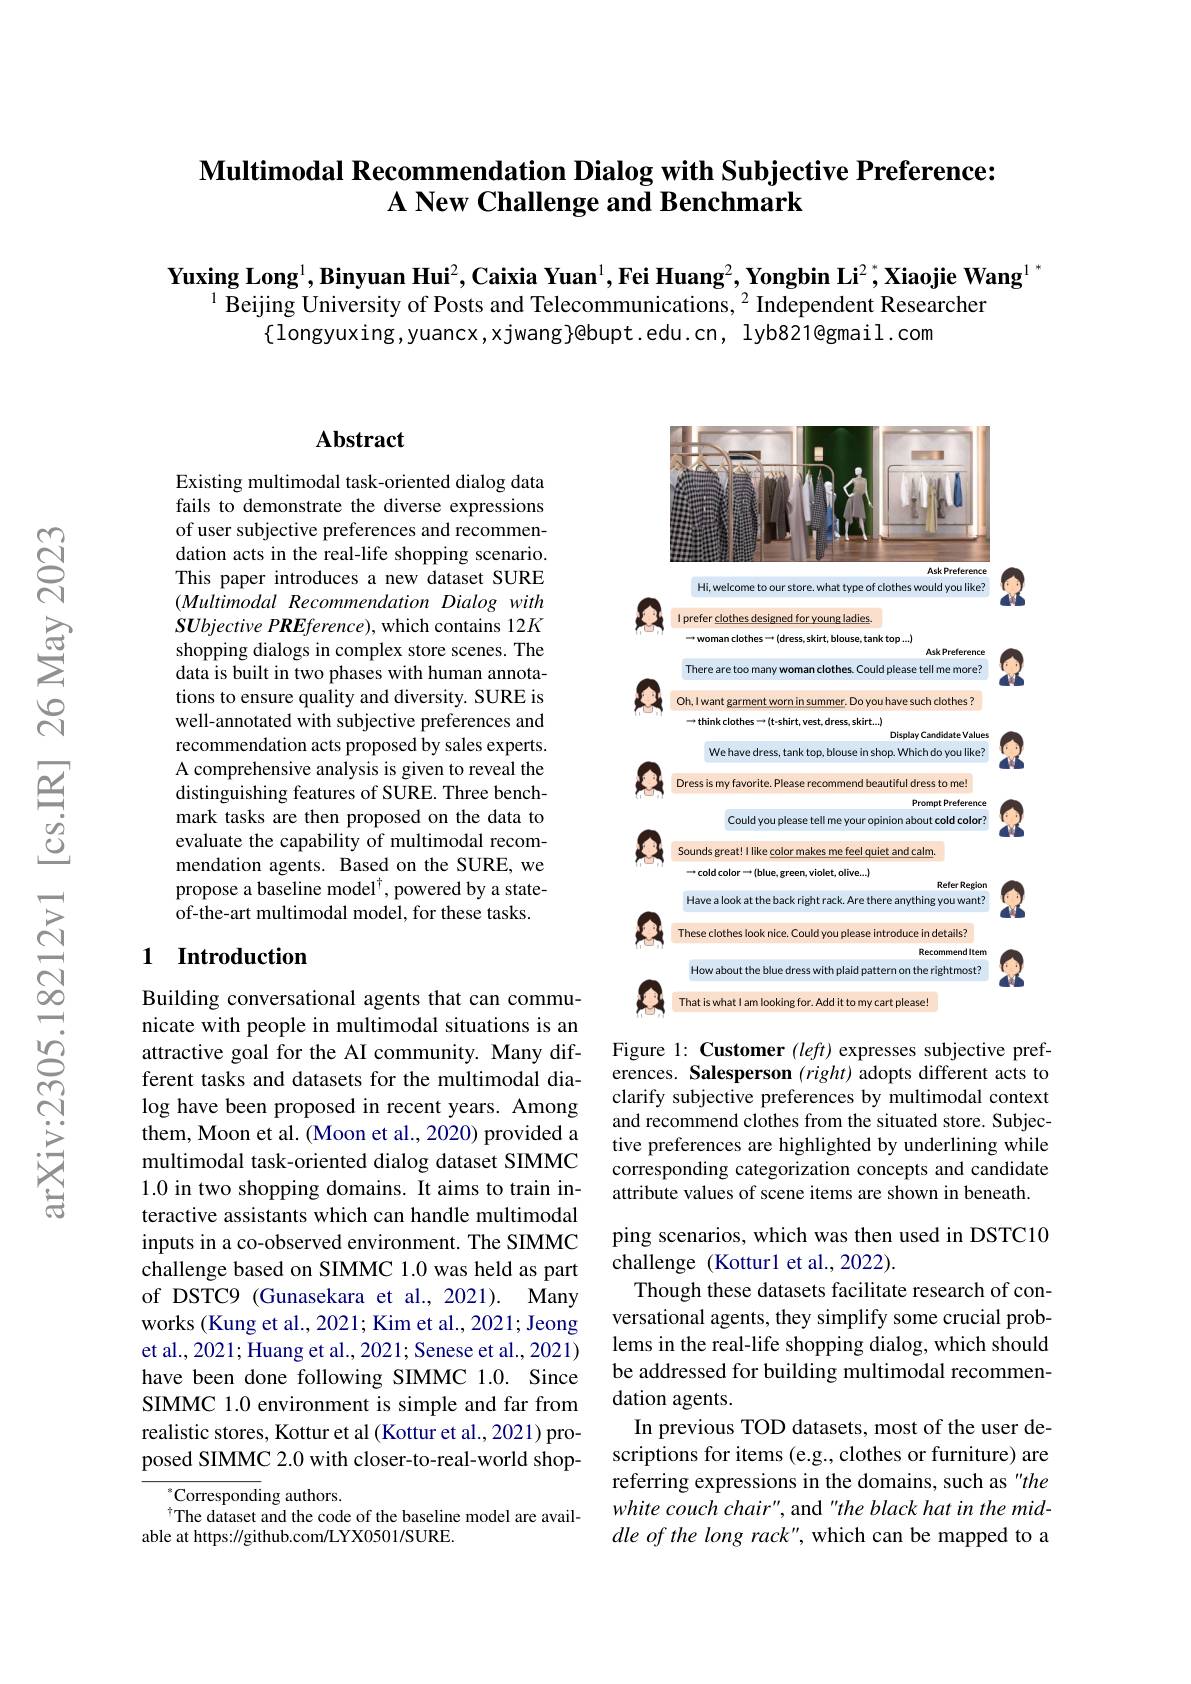
### $\textbf{Multimodal Recommendation Dialog with Subjective Preference: }$ A New Challenge and Benchmark

$\textbf{Yuxing Long}^1,\textbf{Binyuan Hui}^2,\textbf{Caixia Yuan}^1,\textbf{Fei Huang}^2,\textbf{Yongbin Li}^2,\textbf{Xiaojie Wang}^1$,
$^{1}$Beijing University of Posts and Telecommunications, 2 Independent Researcher
$\{$longyuxing,yuancx,xjwang}@bupt.edu.cn, lyb821@gmail.com

## Abstract

Existing multimodal task-oriented dialog data fails to demonstrate the diverse expressions of user subjective preferences and recommendation acts in the real-life shopping scenario. This paper introduces a new dataset SURE $(Multimodal$ Recommendation Dialog with $S\boldsymbol{U}bjective\textit{PREference) , which contains 12K}$ shopping dialogs in complex store scenes. The data is built in two phases with human annotations to ensure quality and diversity. SURE is well-annotated with subjective preferences and recommendation acts proposed by sales experts. A comprehensive analysis is given to reveal the distinguishing features of SURE. Three benchmark tasks are then proposed on the data to evaluate the capability of multimodal recommendation agents. Based on the SURE, we propose a baseline model$^{\dagger}$, powered by a stateof-the-art multimodal model, for these tasks.

### 1 Introduction

Building conversational agents that can communicate with people in multimodal situations is an attractive goal for the AI community. Many different tasks and datasets for the multimodal dialog have been proposed in recent years. Among them, Moon et al. ( Moon et al., 2020) provided a multimodal task-oriented dialog dataset SIMMC 1.0 in two shopping domains. It aims to train interactive assistants which can handle multimodal inputs in a co-observed environment. The SIMMC challenge based on SIMMC 1.0 was held as part of DSTC9 (Gunasekara et al., 2021). Many works (Kung et al., 2021; Kim et al., 2021; Jeong et al., 2021; Huang et al., 2021; Senese et al., 2021) have been done following SIMMC 1.0. Since SIMMC 1.0 environment is simple and far from realistic stores, Kottur et al (Kottur et al., 2021) proposed SIMMC 2.0 with closer-to-real-world shop-

$^{*}$Corresponding authors.
The dataset and the code of the baseline model are avail-
able at https://github.com/LYX0501/SURE.

<FigureHere>

Figure 1: Customer $(left)$ expresses subjective preferences. Salesperson $(right)$ adopts different acts to clarify subjective preferences by multimodal context and recommend clothes from the situated store. Subjective preferences are highlighted by underlining while corresponding categorization concepts and candidate attribute values of scene items are shown in beneath. ping scenarios, which was then used in DSTC10 challenge (Kottur1 et al., 2022).
Though these datasets facilitate research of conversational agents, they simplify some crucial problems in the real-life shopping dialog, which should be addressed for building multimodal recommendation agents.
In previous TOD datasets, most of the user descriptions for items (e.g., clothes or furniture) are referring expressions in the domains, such as "the white couch chair", and "the black hat in the middle of the long rack", which can be mapped to a